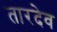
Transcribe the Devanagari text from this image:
तारदेव